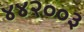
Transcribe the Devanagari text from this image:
४४२००३